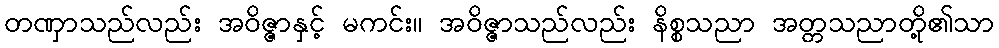
တဏှာသည်လည်း အဝိဇ္ဇာနှင့် မကင်း။ အဝိဇ္ဇာသည်လည်း နိစ္စသညာ အတ္တသညာတို့၏သာ